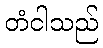
တံငါသည်